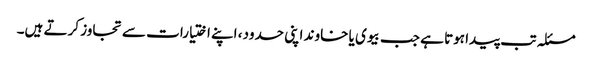
مسئلہ تب پیدا ہوتا ہے جب بیوی یا خاوند اپنی حدود، اپنے اختیارات سے تجاوز کرتے ہیں۔